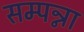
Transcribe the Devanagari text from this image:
सम्पन्ना